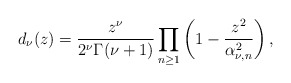
\begin{align*}d_{\nu}(z)=\frac{z^{\nu}}{2^{\nu}\Gamma(\nu+1)}\prod_{n\geq1}\left(1-\frac{z^2}{\alpha_{\nu,n}^2}\right),\end{align*}